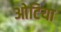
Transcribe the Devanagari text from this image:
ओटिया